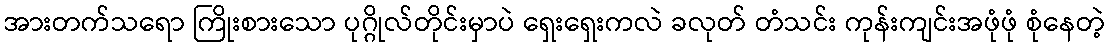
အားတက်သရော ကြိုးစားသော ပုဂ္ဂိုလ်တိုင်းမှာပဲ ရှေးရှေးကလဲ ခလုတ် တံသင်း ကုန်းကျင်းအဖုံဖုံ စုံနေတဲ့